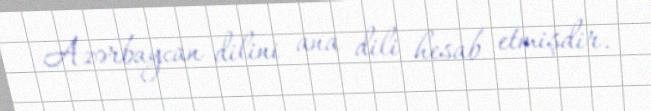
Azərbaycan dilini ana dili hesab etmişdir.